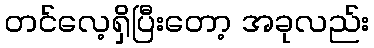
တင်လေ့ရှိပြီးတော့ အခုလည်း